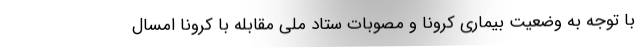
با توجه به وضعیت بیماری کرونا و مصوبات ستاد ملی مقابله با کرونا امسال